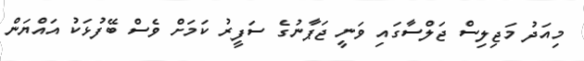
މިއަދު މަޖިލިސް ޖަލްސާގައި ވަނީ ޖަޕާނުގެ ސަފީރު ކަމަށް ވެސް ބޭފުޅަކު އައްޔަން